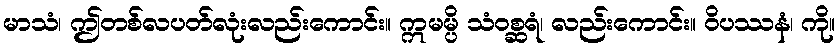
မာသံ၊ ဤတစ်လပတ်လုံးလည်းကောင်း။ ဣမမ္ပိ သံဝစ္ဆရံ၊ လည်းကောင်း။ ဝိပဿနံ၊ ကို။